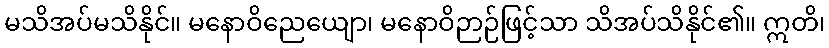
မသိအပ်မသိနိုင်။ မနောဝိညေယျော၊ မနောဝိဉာဉ်ဖြင့်သာ သိအပ်သိနိုင်၏။ ဣတိ၊